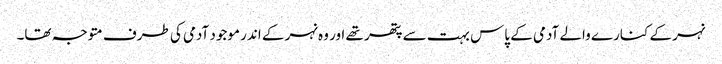
نہر کے کنارے والے آدمی کے پاس بہت سے پتھر تھے اور وہ نہر کے اندر موجود آدمی کی طرف متوجہ تھا۔